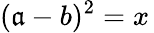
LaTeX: (\mathfrak{a}-b)^{2}=x\,